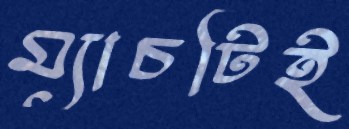
ম্যাচটিই